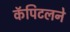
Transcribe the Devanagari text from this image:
कॅपिटलने